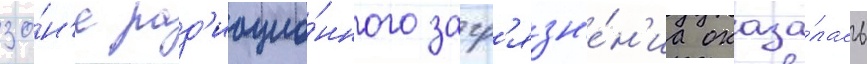
зо́н'е рад'иацио́нного загр'язн'е́н'иа оказа́лась